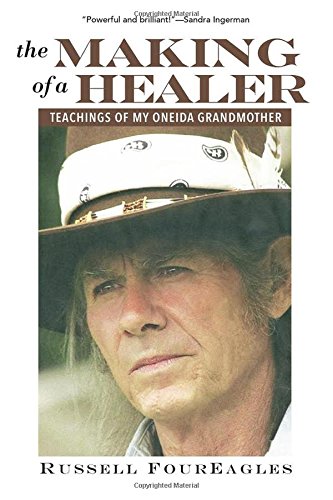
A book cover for The Making of a Healer: Teachings of My Oneida Grandmother; Russell FourEagles; Biographies & Memoirs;